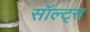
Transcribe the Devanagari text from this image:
सॉल्ट्स